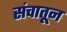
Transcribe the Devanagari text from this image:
संचातून